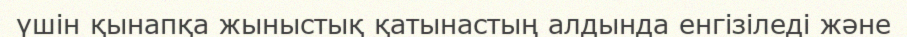
үшін қынапқа жыныстық қатынастың алдында енгізіледі және